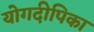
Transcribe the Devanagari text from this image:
योगदीपिका